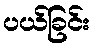
ပယ်ခြင်း